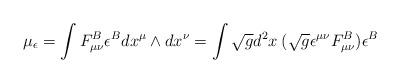
LaTeX: \begin{align*}\mu_{\epsilon}=\int F_{\mu\nu}^B\epsilon^Bdx^{\mu}\wedge dx^{\nu}=\int\sqrt{g}d^2x\:(\sqrt{g}\epsilon^{\mu\nu}F^B_{\mu\nu})\epsilon^B\end{align*}